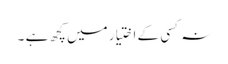
نہ کسی کے اختیار میں کچھ ہے ۔